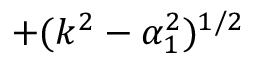
+ ( k ^ { 2 } - \alpha _ { 1 } ^ { 2 } ) ^ { 1 / 2 }